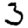
Digit: 3